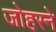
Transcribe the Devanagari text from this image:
जोहरने